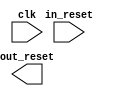
module pr_region_alternate_reset_in (
		input  wire  clk,       //       clk.clk
		input  wire  in_reset,  //  in_reset.reset
		output wire  out_reset  // out_reset.reset
	);
endmodule